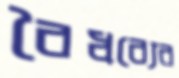
বৈধব্যের